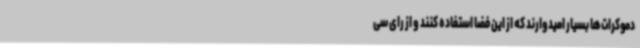
دموکرات‌ها بسیار امیدوارند که از این فضا استفاده کنند و از رای سی